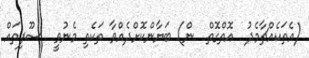
(އެތަކެއްޗާމެދު  އޮތްގޮތް  ން) ބަޔާންކޮށްދެއްވާ ތަކެތި މެނުވީ  ސޫފިތައް